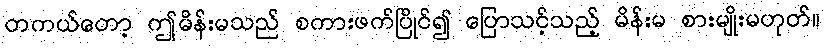
တကယ်တော့ ဤမိန်းမသည် စကားဖက်ပြိုင်၍ ပြောသင့်သည့် မိန်းမ စားမျိုးမဟုတ်။